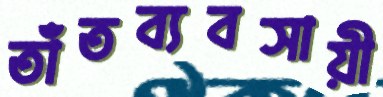
তাঁতব্যবসায়ী